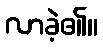
လာခဲ့၏။